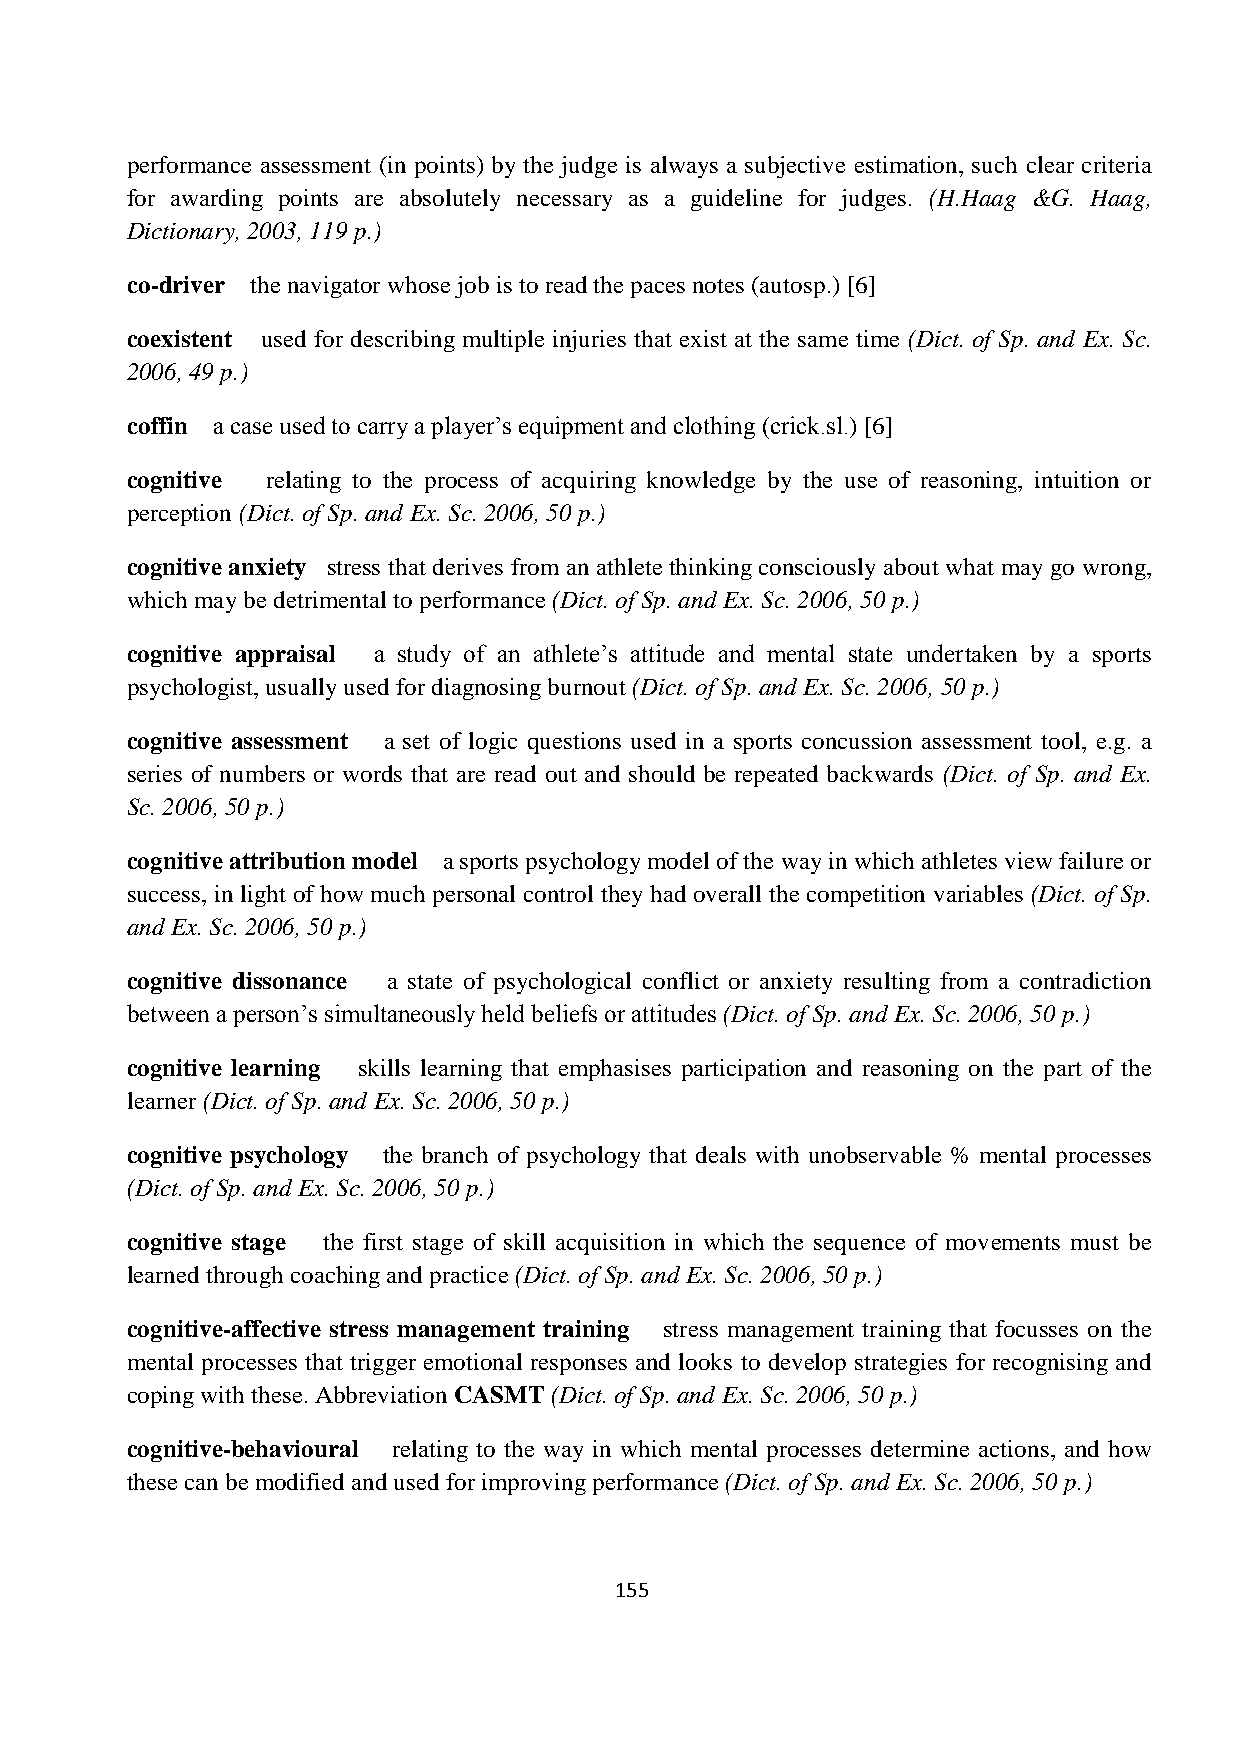
performance assessment (in points) by the judge is always a subjective estimation, such clear criteria
 for awarding points are absolutely necessary as a guideline for judges. (H.Haag &G. Haag,
 Dictionary, 2003, 119 p.)
 co-driver the navigator whose job is to read the paces notes (autosp.) [6]
 coexistent used for describing multiple injuries that exist at the same time (Dict. of Sp. and Ex. Sc.
 2006, 49 p.)
 coffin a case used to carry a player’s equipment and clothing (crick.sl.) [6]
 cognitive relating to the process of acquiring knowledge by the use of reasoning, intuition or
 perception (Dict. of Sp. and Ex. Sc. 2006, 50 p.)
 cognitive anxiety stress that derives from an athlete thinking consciously about what may go wrong,
 which may be detrimental to performance (Dict. of Sp. and Ex. Sc. 2006, 50 p.)
 cognitive appraisal a study of an athlete’s attitude and mental state undertaken by a sports
 psychologist, usually used for diagnosing burnout (Dict. of Sp. and Ex. Sc. 2006, 50 p.)
 cognitive assessment a set of logic questions used in a sports concussion assessment tool, e.g. a
 series of numbers or words that are read out and should be repeated backwards (Dict. of Sp. and Ex.
 Sc. 2006, 50 p.)
 cognitive attribution model a sports psychology model of the way in which athletes view failure or
 success, in light of how much personal control they had overall the competition variables (Dict. of Sp.
 and Ex. Sc. 2006, 50 p.)
 cognitive dissonance a state of psychological conflict or anxiety resulting from a contradiction
 between a person’s simultaneously held beliefs or attitudes (Dict. of Sp. and Ex. Sc. 2006, 50 p.)
 cognitive learning skills learning that emphasises participation and reasoning on the part of the
 learner (Dict. of Sp. and Ex. Sc. 2006, 50 p.)
 cognitive psychology the branch of psychology that deals with unobservable % mental processes
 (Dict. of Sp. and Ex. Sc. 2006, 50 p.)
 cognitive stage the first stage of skill acquisition in which the sequence of movements must be
 learned through coaching and practice (Dict. of Sp. and Ex. Sc. 2006, 50 p.)
 cognitive-affective stress management training stress management training that focusses on the
 mental processes that trigger emotional responses and looks to develop strategies for recognising and
 coping with these. Abbreviation CASMT (Dict. of Sp. and Ex. Sc. 2006, 50 p.)
 cognitive-behavioural relating to the way in which mental processes determine actions, and how
 these can be modified and used for improving performance (Dict. of Sp. and Ex. Sc. 2006, 50 p.)
 155